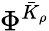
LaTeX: \Phi^{\bar{K}_{\rho}}